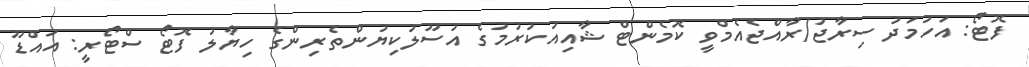
ފޮޓޯ: އަހުމަދު ސިރާޖު/ރާއްޖެއެމްވީ ކޮމެންޓް ޝާއިއުކުރުމުގެ އުސޫލުކިޔުންތެރިންގެ ހިޔާލު ފޮޓޯ ސްޓޯރީ: އައްޑޫ